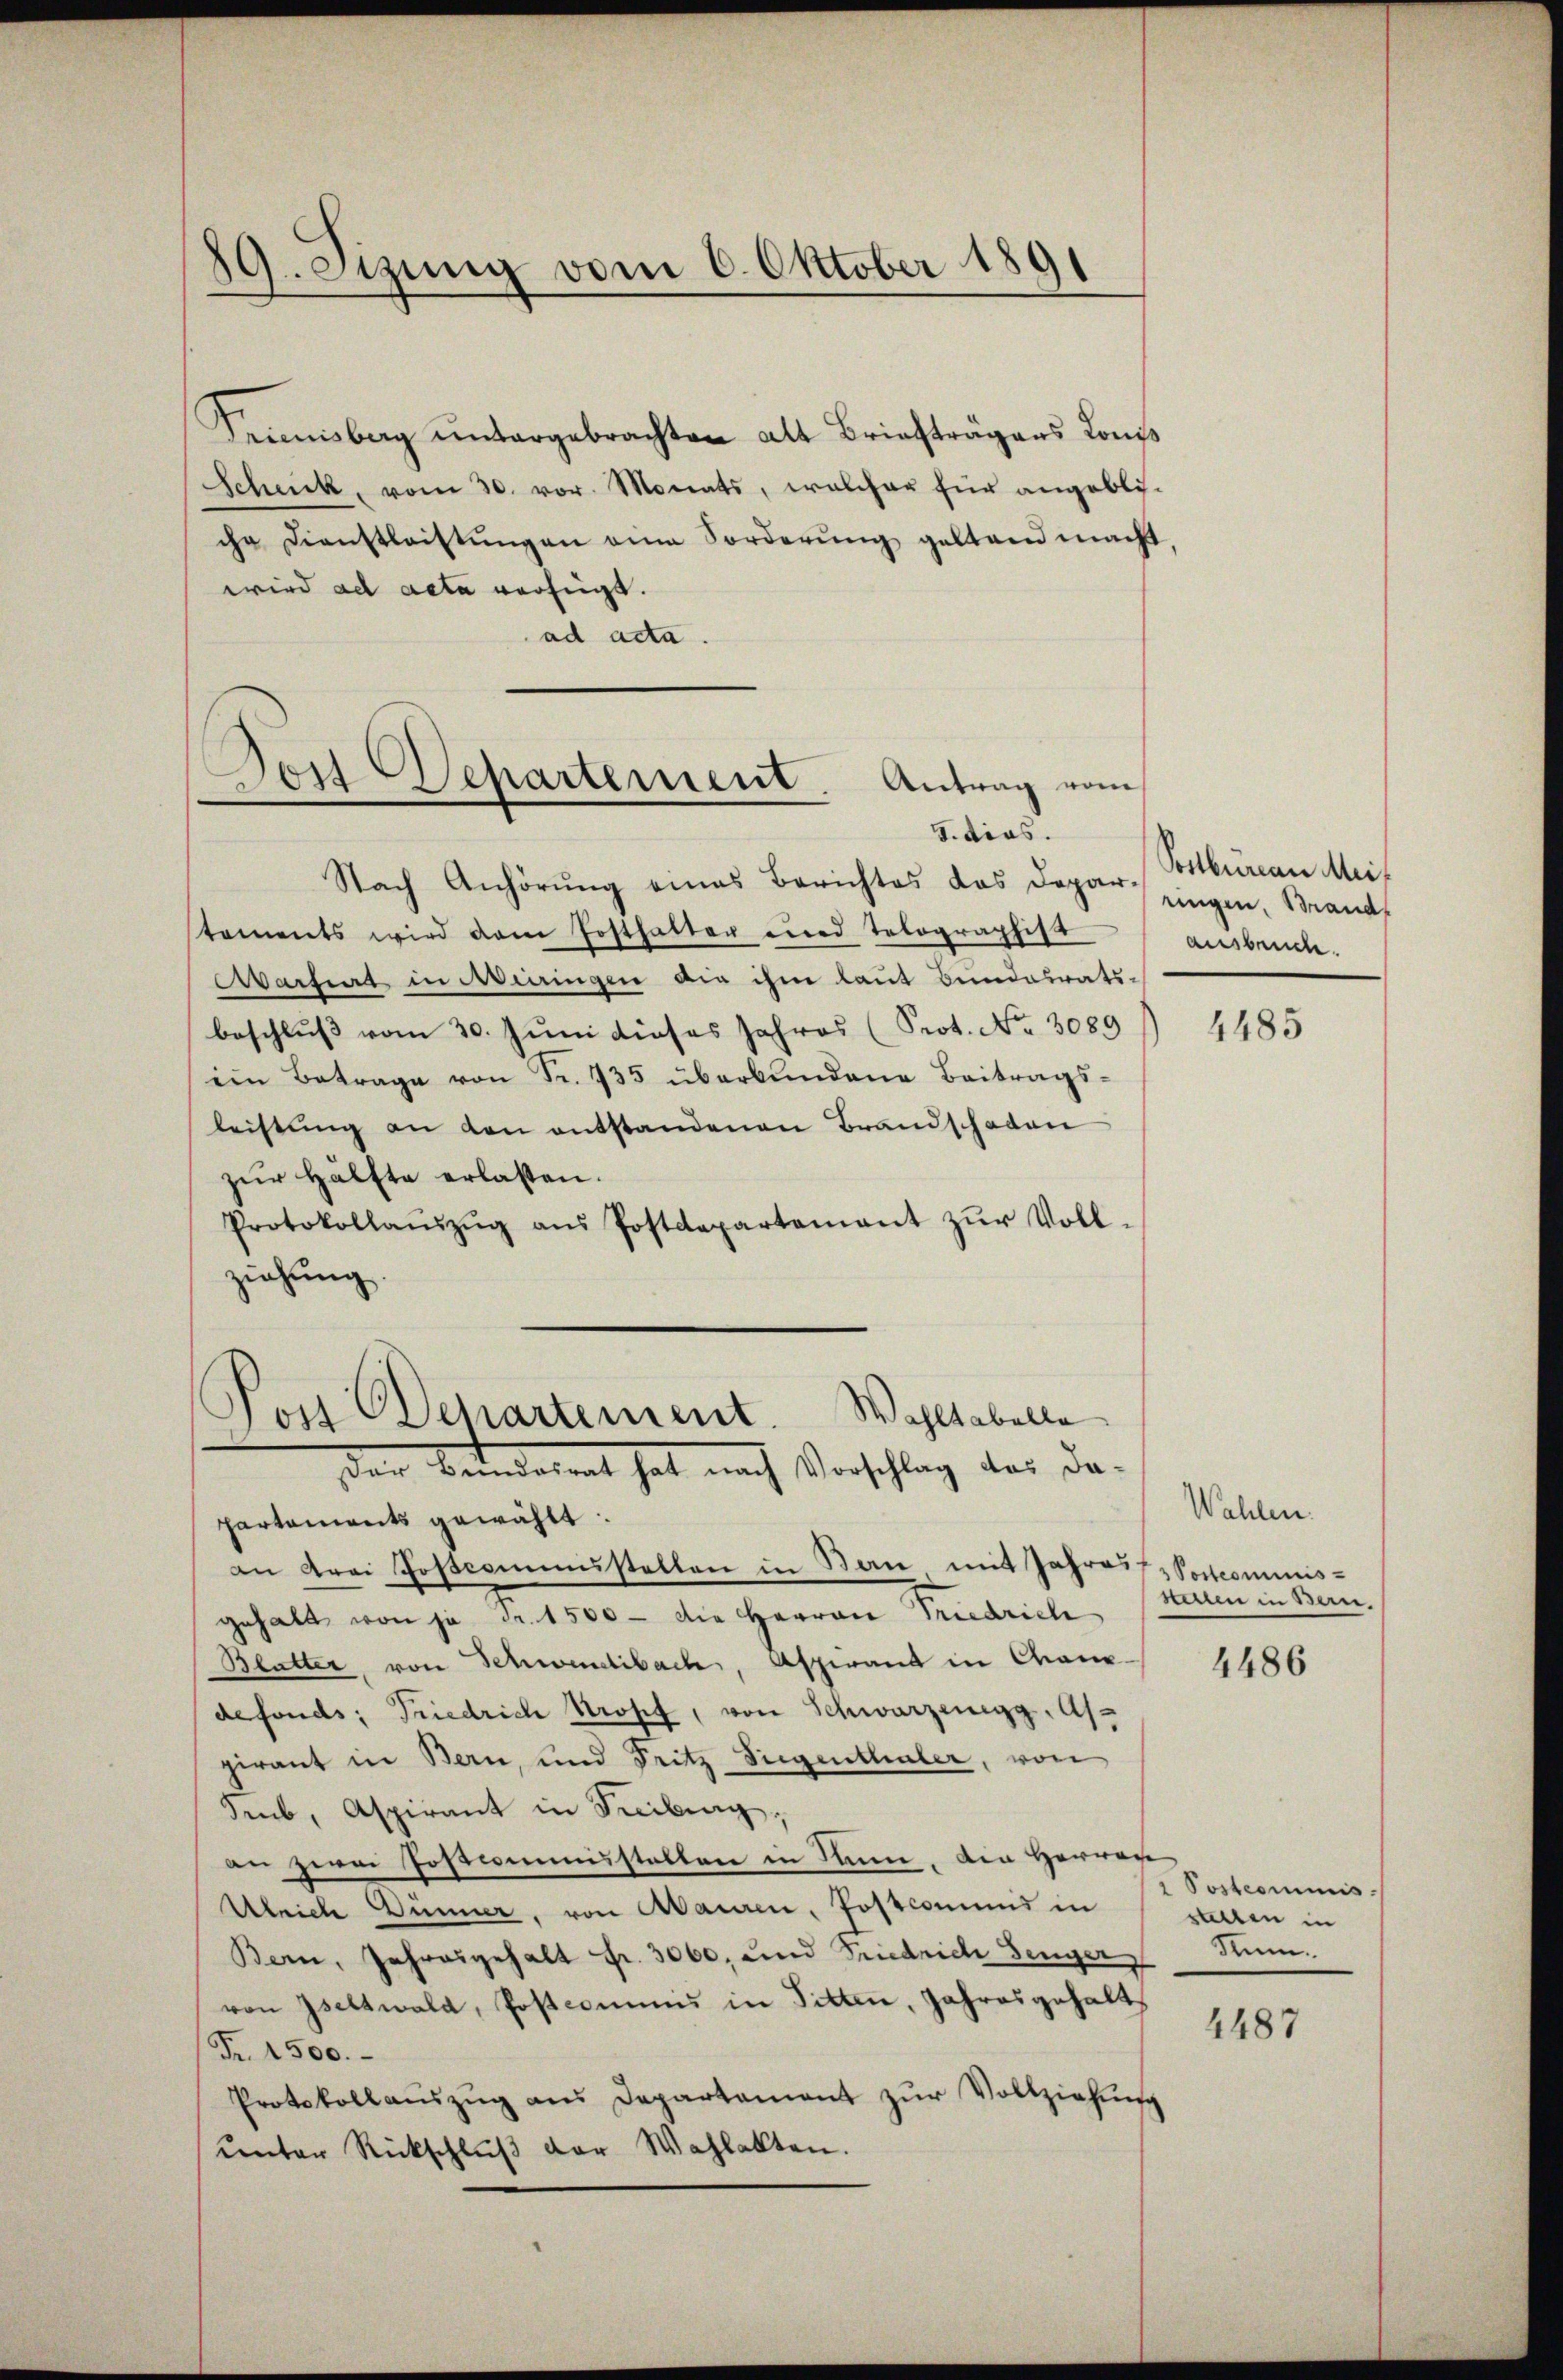
89. Sizung vom 6. Oktober 1891

Seimisberg untergebrachten alt Briefträgers Kons
Scheick, vom 30. vor. Monats, welcher für angebliche Dienstleistungen ein Forderung geltend macht
wird ad acta verfügt.
ad acta.

Jost Separtement. Antrag vom
5. dies.

Wahltabelle
Pon Departement.
Den Banderent hat nach Vorschlag des da-

Nach Anhörŭng eines Berichtes das Dapar. Brands
staments wird dem Posthalter wird tolographist
artiert in Miringen die ihm laut Bundesrats-
beschlŭβ vom 30. Juni dieses Jahres (Prot. No. 3089
ein Betrage von Fr. 735 überbundene Beitrags-
leistung an den entstandenen Brandschaden
zŭr Hälfte erlassen.
Protokollaŭszŭg aŭs Postdepartement zŭr Voll-
ziehung.
partements gewählt:
an drei Joscommustellen in Bau mit Jahres
gehalt von ja Fr. 1500 - die Herren Friedrich
Blatter von Schwendibach, Aspirant in Chaux-
defonds; Friedrich Prosef, von Schwarzenegg, As
pirant in Bern, und Fritz Siegenthaler, von
Seub, Aspirant in Freibung,
an zwei Postmeistalten in Rum, den Herren
Ubrich Dünner, von Mauren, Postcommis in
Bern, Jahresgehalt fr. 3000, und Friedrich Senger
von Gsettwald, Postcommis in Titten, Jahresgehalt
Fr. 1500.
Protokollaŭszŭg ans Departament zŭr Vollziehŭng
unter Rückschluß der Wahlakten.

Postbureau Meiausbeuche.

4485

Wahlen.
 Postcommis-
stetten in Bern.

4486

Postcommis
stalten in
Sum.

4487